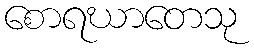
စောရဃာတေသု